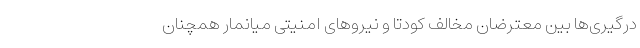
درگیری‌ها بین معترضان مخالف کودتا و نیروهای امنیتی میانمار همچنان